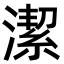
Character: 潔